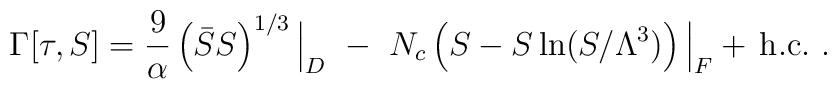
\Gamma[\tau,S] = {9 \over \alpha} \left( \bar S S \right)^{1/3}\Big|_D ~-~ N_c \left( S - S\ln (S/ \Lambda^3) \right)\Big|_F+ \, \mbox{h.c.}~.